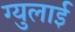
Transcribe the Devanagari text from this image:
ग्युलाई